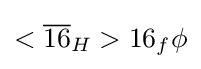
<{\overline {16}}_{H}>16_{f}\phi